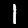
Digit: 1